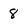
Character: 8